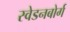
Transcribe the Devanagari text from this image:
स्वेडनबोर्ग